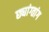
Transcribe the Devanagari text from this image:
छ्यांग्तांग